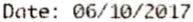
DATE: 06/10/2017